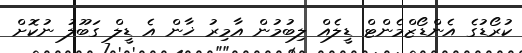
ކުރޯޑުގެ އެންޑޯޒްމެންޓް ޑީލެއް ލިބުމުން އާމިރު ޚާން އެ ޑީލް ގަބޫލު ނުކޮށް